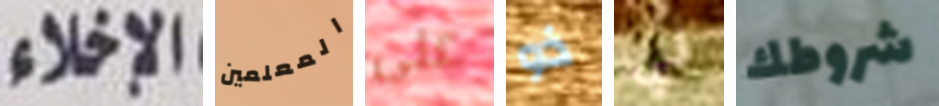
الإخلاء المعلمين على ذو لي شروطك